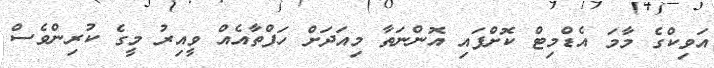
އަވިކްގެ މާމަ އެޑްމިޓް ކޮށްފައި އޮންނަތާ މިއަދަށް ހަފްތާއެއް ވީއިރު މީގެ ކުރިންވެސް